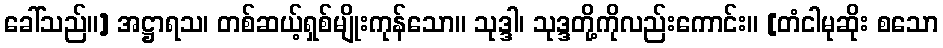
ခေါ်သည်။] အဋ္ဌာရသ၊ တစ်ဆယ့်ရှစ်မျိုးကုန်သော။ သုဒ္ဒါ၊ သုဒ္ဒတို့ကိုလည်းကောင်း။ [တံငါမုဆိုး စသော